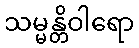
သမ္မန္တိဝါရော